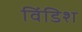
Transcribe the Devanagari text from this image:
विंडिश